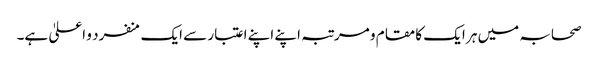
صحابہ میں ہر ایک کا مقام و مرتبہ اپنے اپنے اعتبار سے ایک منفرد و اعلیٰ ہے۔